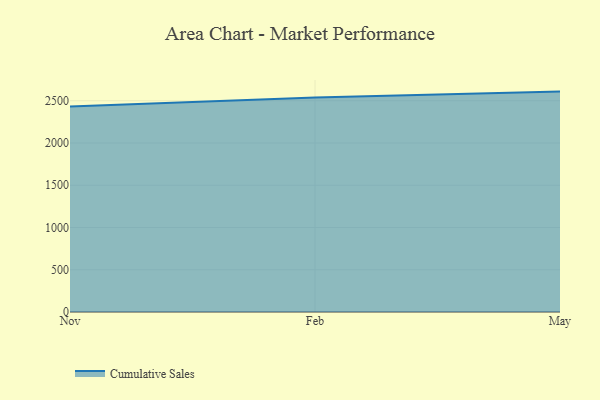
{"axis": {"x": "Month", "y": "Production Output"}, "legend": ["Cumulative Sales"], "data": [{"x": "Nov", "y": 2430.9, "type": "Cumulative Sales"}, {"x": "Feb", "y": 2538.7, "type": "Cumulative Sales"}, {"x": "May", "y": 2608.2, "type": "Cumulative Sales"}]}